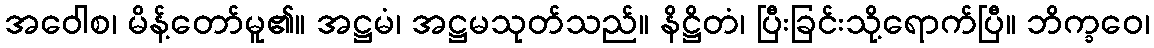
အဝေါစ၊ မိန့်တော်မူ၏။ အဋ္ဌမံ၊ အဋ္ဌမသုတ်သည်။ နိဋ္ဌိတံ၊ ပြီးခြင်းသို့ရောက်ပြီ။ ဘိက္ခဝေ၊